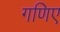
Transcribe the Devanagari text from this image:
गणिए